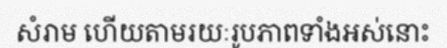
សំរាម ហើយតាមរយៈរូបភាពទាំងអស់នោះ